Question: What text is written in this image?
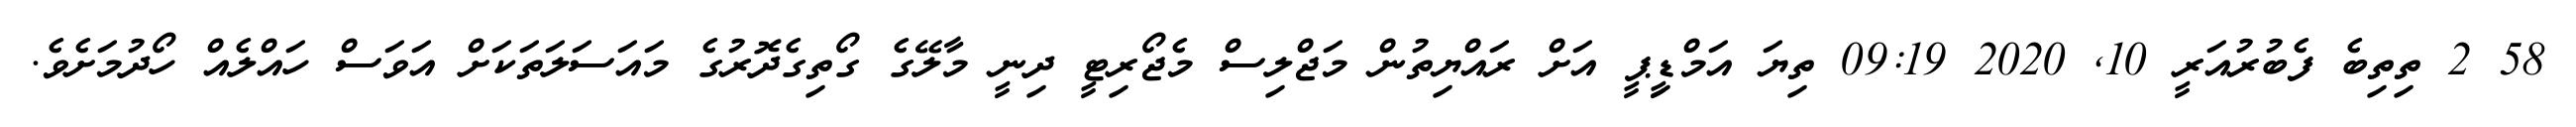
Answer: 58 2 ތިތިބެ ފެބުރުއަރީ 10, 2020 09:19 ތިޔަ އަމްޑިީޕީ އަށް ރައްޔިތުން މަޖްލިސް މެޖޯރިޓީ ދިނީ މާލޭގެ ގޯތިގެދޮރުގެ މައަސަލަތަކަށް އަވަސް ހައްލެއް ހޯދުމަށެވެ.